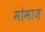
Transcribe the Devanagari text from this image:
मोमाज़